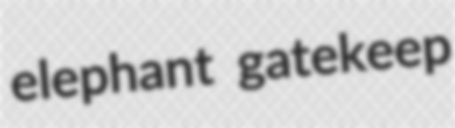
elephant gatekeep